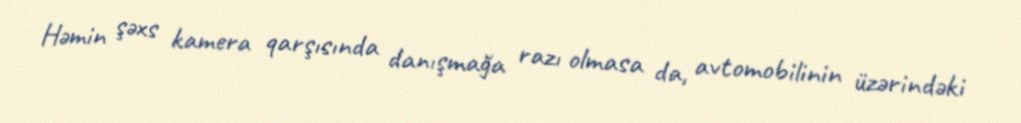
Həmin şəxs kamera qarşısında danışmağa razı olmasa da, avtomobilinin üzərindəki